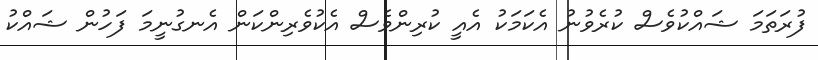
ފުރަތަމަ ޝައްކުވެސް ކުރެވުނު އެކަމަކު އެއީ ކުރިންވެސް އެކުވެރިންކަން އެނގުނީމަ ފަހުން ޝައްކު